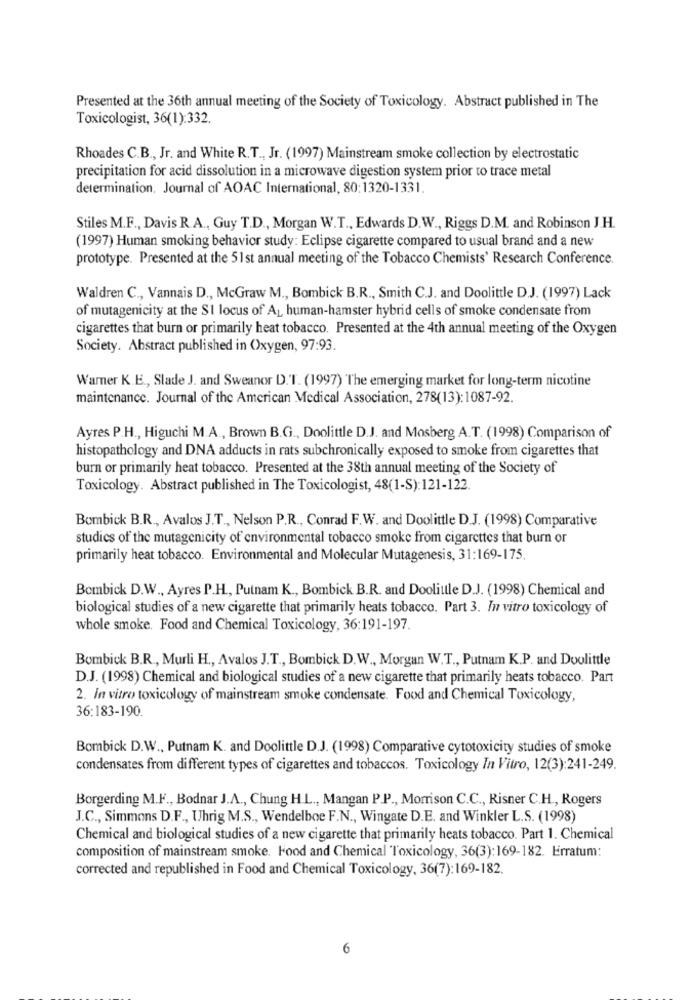
Presented at the 36th annual meeting of the Society of Toxicology. Abstract published in The
Toxicologist, 36(1):332.
Rhoades C.B ., Jr. and White R.T ., Jr. (1997) Mainstream smoke collection by electrostatic
precipitation for acid dissolution in a microwave digestion system prior to trace metal
determination. Journal of AOAC International, 80:1320-1331.
Stiles M.F ., Davis R.A ., Guy T.D ., Morgan W.T ., Edwards D.W ., Riggs D.M. and Robinson J.H.
(1997) Human smoking behavior study: Eclipse cigarette compared to usual brand and a new
prototype. Presented at the 51st annual meeting of the Tobacco Chemists' Research Conference.
Waldren C ., Vannais D ., McGraw M ., Bombick B.R ., Smith C.J. and Doolittle D.J. (1997) Lack
of mutagenicity at the SI locus of AL human-hamster hybrid cells of smoke condensate from
cigarettes that burn or primarily heat tobacco. Presented at the 4th annual meeting of the Oxygen
Society. Abstract published in Oxygen, 97:93.
Warner K.E ., Slade J. and Sweanor D.T. (1997) The emerging market for long-term nicotine
maintenance. Journal of the American Medical Association, 278(13): 1087-92.
Ayres P.H ., Higuchi M.A ., Brown B.G ., Doolittle D.J. and Mosberg A.T. (1998) Comparison of
histopathology and DNA adducts in rats subchronically exposed to smoke from cigarettes that
burn or primarily heat tobacco. Presented at the 38th annual meeting of the Society of
Toxicology. Abstract published in The Toxicologist, 48(1-S):121-122.
Bombick B.R ., Avalos J.T ., Nelson P.R ., Conrad F.W. and Doolittle D.J. (1998) Comparative
studies of the mutagenicity of environmental tobacco smoke from cigarettes that burn or
primarily heat tobacco. Environmental and Molecular Mutagenesis, 31:169-175.
Bombick D.W ., Ayres P.H ., Putnam K ., Bombick B.R. and Doolittle D.J. (1998) Chemical and
biological studies of a new cigarette that primarily heats tobacco. Part 3. In vitro toxicology of
whole smoke. Food and Chemical Toxicology, 36:191-197.
Bombick B.R ., Murli H ., Avalos J.T ., Bombick D.W ., Morgan W.T ., Putnam K.P. and Doolittle
D.J. (1998) Chemical and biological studies of a new cigarette that primarily heats tobacco. Part
2. In vitro toxicology of mainstream smoke condensate. Food and Chemical Toxicology,
36:183-190.
Bombick D.W ., Putnam K. and Doolittle D.J. (1998) Comparative cytotoxicity studies of smoke
condensates from different types of cigarettes and tobaccos. Toxicology In Vitro, 12(3):241-249.
Borgerding M.F ., Bodnar J.A ., Chung H.L ., Mangan P.P ., Morrison C.C ., Risner C.H ., Rogers
J.C ., Simmons D.F ., Uhrig M.S ., Wendelboe F.N ., Wingate D.E. and Winkler L.S. (1998)
Chemical and biological studies of a new cigarette that primarily heats tobacco. Part 1. Chemical
composition of mainstream smoke. Food and Chemical Toxicology, 36(3):169-182. Erratum:
corrected and republished in Food and Chemical Toxicology, 36(7):169-182.
6